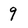
Character: 9